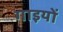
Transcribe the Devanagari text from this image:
गाइयों